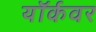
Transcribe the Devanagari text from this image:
यॉर्कवर